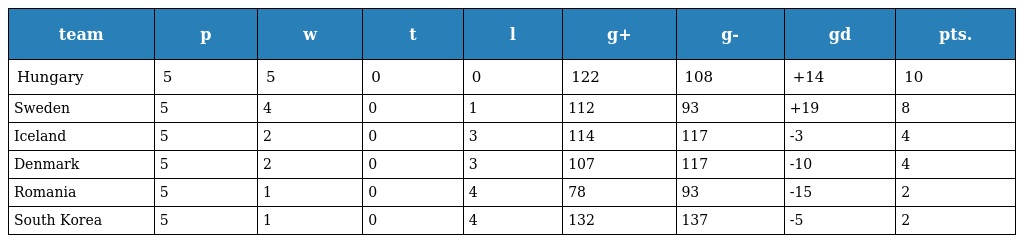
| team | p | w | t | l | g+ | g- | gd | pts. |
 | --- | --- | --- | --- | --- | --- | --- | --- | --- |
 | Hungary | 5 | 5 | 0 | 0 | 122 | 108 | +14 | 10 |
 | Sweden | 5 | 4 | 0 | 1 | 112 | 93 | +19 | 8 |
 | Iceland | 5 | 2 | 0 | 3 | 114 | 117 | -3 | 4 |
 | Denmark | 5 | 2 | 0 | 3 | 107 | 117 | -10 | 4 |
 | Romania | 5 | 1 | 0 | 4 | 78 | 93 | -15 | 2 |
 | South Korea | 5 | 1 | 0 | 4 | 132 | 137 | -5 | 2 |